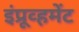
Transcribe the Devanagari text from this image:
इंप्रूव्हमेंट